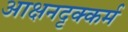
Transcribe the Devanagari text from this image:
आक्षनदृक्कर्म